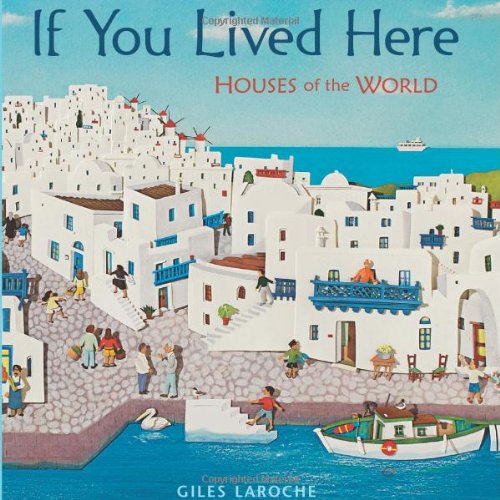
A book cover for If You Lived Here: Houses of the World; Giles Laroche; Children's Books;